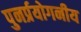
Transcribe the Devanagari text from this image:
पुनर्प्रयोगनीय